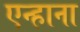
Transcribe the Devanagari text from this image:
एन्हाना